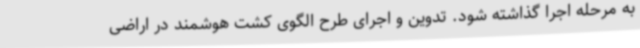
به مرحله اجرا گذاشته شود. تدوین و اجرای طرح الگوی کشت هوشمند در اراضی